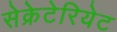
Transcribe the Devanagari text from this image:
सेक्रेटेरियेट